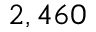
2 , 4 6 0